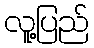
လူ့ပြည်